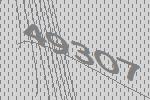
49307